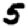
Digit: 5